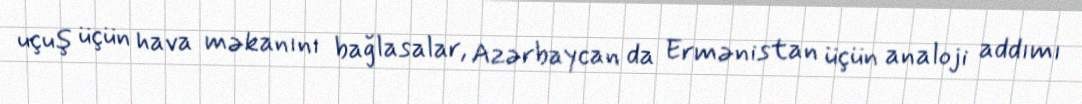
uçuş üçün hava məkanını bağlasalar, Azərbaycan da Ermənistan üçün analoji addımı